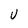
Character: U